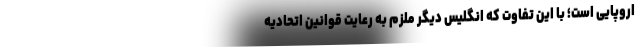
اروپایی است؛ با این تفاوت که انگلیس دیگر ملزم به رعایت قوانین اتحادیه